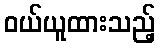
ဝယ်ယူထားသည့်